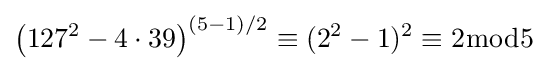
\left(127^{2}-4\cdot 39\right)^{(5-1)/2}\equiv (2^{2}-1)^{2}\equiv 2{\bmod {5}}